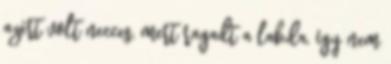
azért volt necces, mert ragadt a labda, így nem